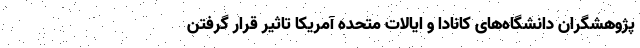
پژوهشگران دانشگاه‌های کانادا و ایالات متحده آمریکا تاثیر قرار گرفتن